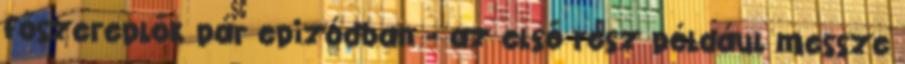
főszereplők pár epizódban - az első rész például messze